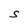
Character: S